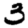
Digit: 3